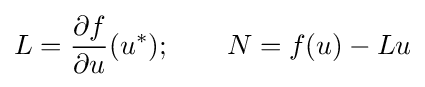
L={\frac {\partial f}{\partial u}}(u^{*});\qquad N=f(u)-Lu